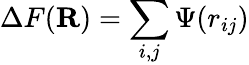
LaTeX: \Delta F(\mathbf{R})=\sum_{i,j}\Psi(r_{ij})